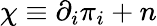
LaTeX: \chi\equiv\partial_{i}\pi_{i}+n